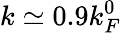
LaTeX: k\simeq 0.9k_{F}^{0}